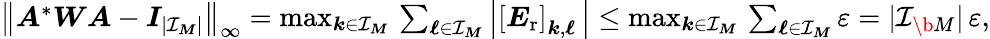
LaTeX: \begin{array}{r}{\big\| \boldsymbol A^{*}\boldsymbol W\boldsymbol A-\boldsymbol I_{|\mathcal I_{\boldsymbol M}|}\big\| _{\infty}=\operatorname*{max}_{\boldsymbol k\in\mathcal I_{\boldsymbol M}}\, \sum_{\boldsymbol\ell\in\mathcal I_{\boldsymbol M}}\left|\left[\boldsymbol E_{\mathrm{r}}\right]_{\boldsymbol k,\boldsymbol\ell}\, \right|\leq\operatorname*{max}_{\boldsymbol k\in\mathcal I_{\boldsymbol M}}\, \sum_{\boldsymbol\ell\in\mathcal I_{\boldsymbol M}}\varepsilon=|\mathcal I_{\b{M}}|\, \varepsilon,}\end{array}